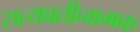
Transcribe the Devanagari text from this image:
सत्यवतीनामक